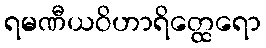
ရမဏီယဝိဟာရိတ္ထေရော